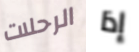
الرحلات إذا